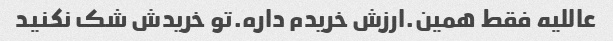
عاللیه فقط همین.ارزش خریدم داره.تو خریدش شک نکنید